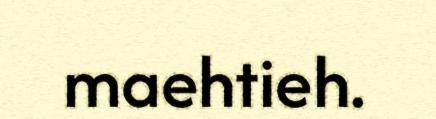
maehtieh.